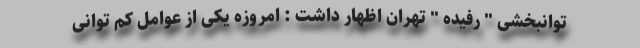
توانبخشی " رفیده " تهران اظهار داشت : امروزه یکی از عوامل کم توانی